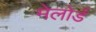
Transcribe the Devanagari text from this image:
मेलोर्ड